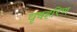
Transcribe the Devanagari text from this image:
वृषहरिण